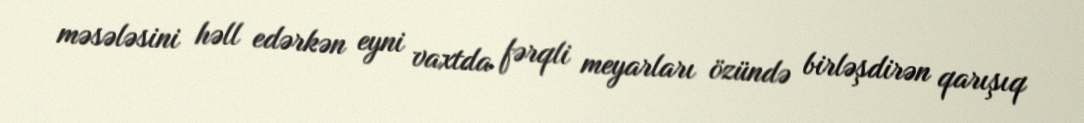
məsələsini həll edərkən eyni vaxtda fərqli meyarları özündə birləşdirən qarışıq